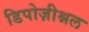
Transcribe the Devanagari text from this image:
डिपोज़ीश्नल